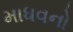
માધવનો